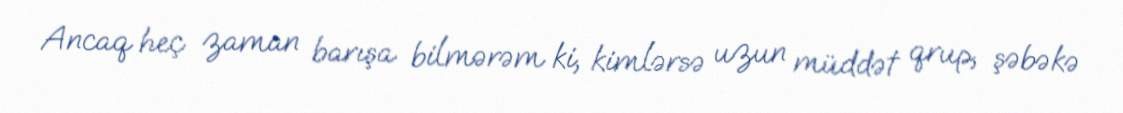
Ancaq heç zaman barışa bilmərəm ki, kimlərsə uzun müddət qrup, şəbəkə